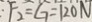
: F _ { 2 } = G = 1 2 0 N